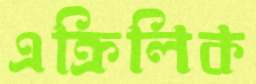
এক্রিলিক